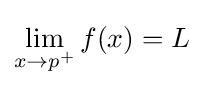
\lim _{x\to p^{+}}{f(x)}=L